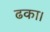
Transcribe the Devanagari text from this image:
ढका।